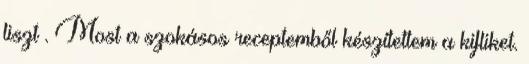
liszt . Most a szokásos receptemből készítettem a kifliket.